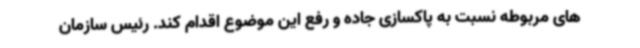
های مربوطه نسبت به پاکسازی جاده و رفع این موضوع اقدام کند. رئیس سازمان